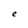
Character: e